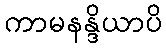
ကာမနန္ဒိယာပိ